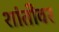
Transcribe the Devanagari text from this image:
शांतीवर